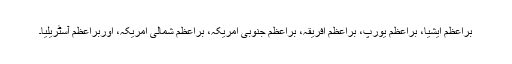
براعظم ایشیا، براعظم یورپ، براعظم افریقہ، براعظم جنوبی امریکہ، براعظم شمالی امریکہ، اوربراعظم آسٹریلیا۔